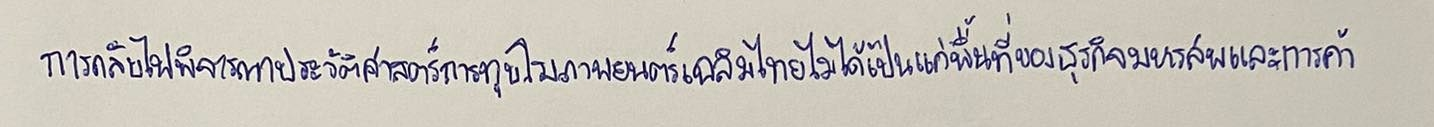
การกลับไปพิจารณาประวัติศาสตร์การทุบโรงภาพยนตร์เฉลิมไทยไม่ได้เป็นแค่พื้นที่ของธุรกิจมหรสพและการค้า